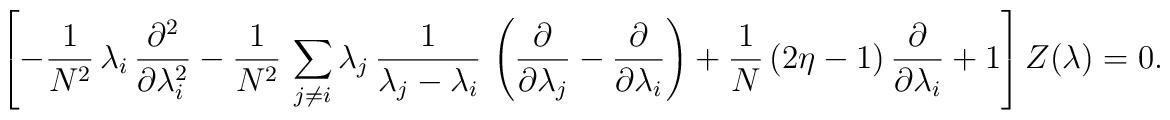
\left[-\frac{1}{N^2}\,\lambda _i\,\frac{\partial ^2}{\partial \lambda_i^2} -\frac{1}{N^2}\,\sum_{j\neq i}\lambda _j\,\frac{1}{\lambda _j-\lambda _i}\,\left(\frac{\partial}{\partial \lambda _j}- \frac{\partial }{\partial \lambda _i}\right) +\frac{1}{N}\,(2\eta -1)\,\frac{\partial }{\partial \lambda _i}+1\right]Z(\lambda )=0.